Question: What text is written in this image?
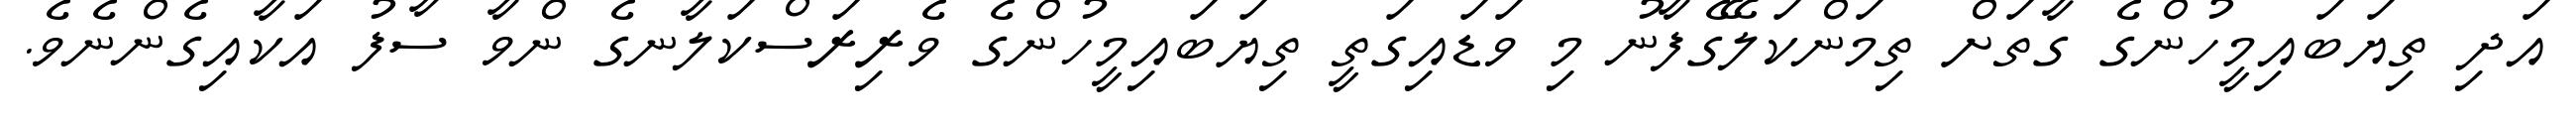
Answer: އަދި ތިޔަބައިމީހުންގެ ގާތަށް ތިމަންކަލޭގެފާނު މި ވަޑައިގަތީ ތިޔަބައިމީހުންގެ ވެރިރަސްކަލާނގެ ންވާ ސާފު އަކާއިގެންނެވެ.